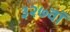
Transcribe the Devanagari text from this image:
३२७वॉ